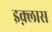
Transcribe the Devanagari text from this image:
इक़्लास